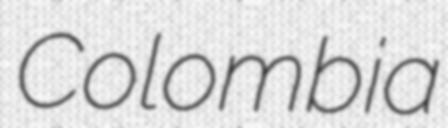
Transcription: Colombia